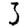
Digit: 3